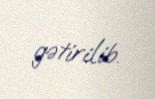
gətirilib.